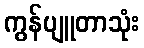
ကွန်ပျူတာသုံး